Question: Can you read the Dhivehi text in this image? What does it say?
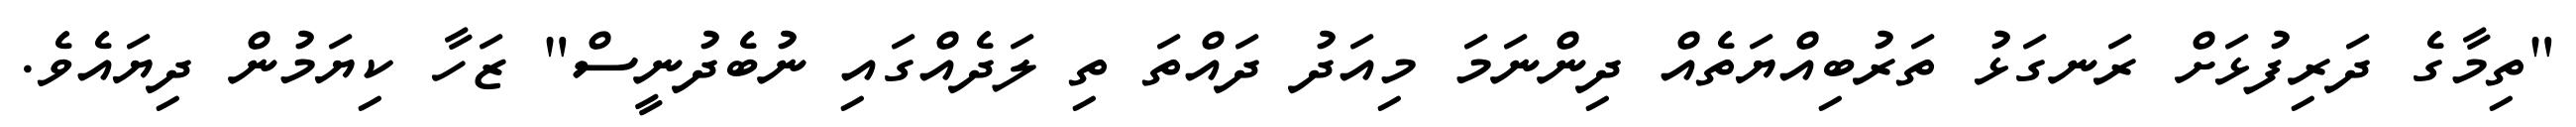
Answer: "ތިމާގެ ދަރިފުޅަށް ރަނގަޅު ތަރުބިއްޔަތެއް ދިންނަމަ މިއަދު ދައްތަ ތި ލަދެއްގައި ނުބެދުނީސް" ޒަހާ ކިޔަމުން ދިޔައެވެ.